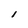
Character: I